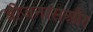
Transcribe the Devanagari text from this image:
डीजनरसऔर